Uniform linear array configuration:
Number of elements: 4
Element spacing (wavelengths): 1
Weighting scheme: blackman
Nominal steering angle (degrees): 0
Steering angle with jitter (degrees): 1.741
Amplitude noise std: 0.05
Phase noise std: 0.05

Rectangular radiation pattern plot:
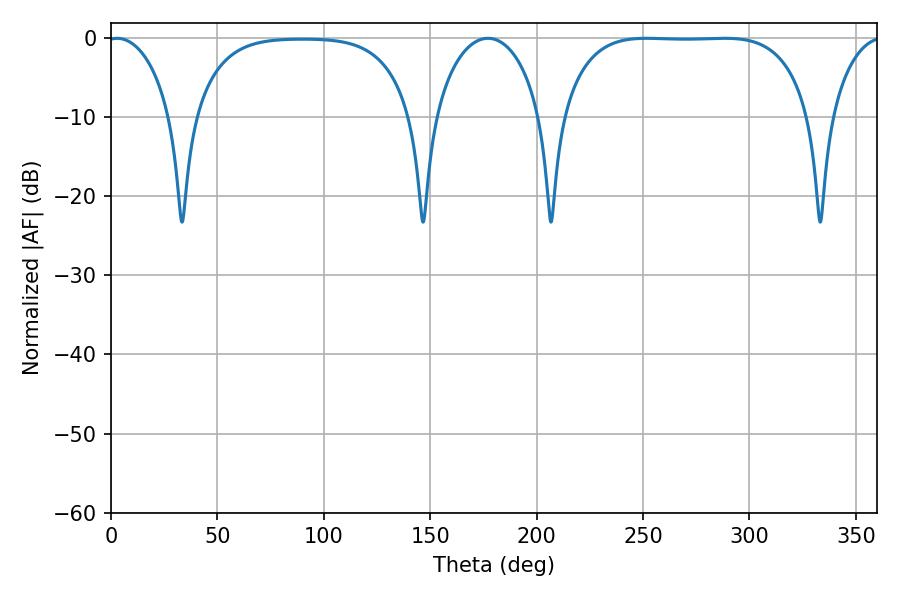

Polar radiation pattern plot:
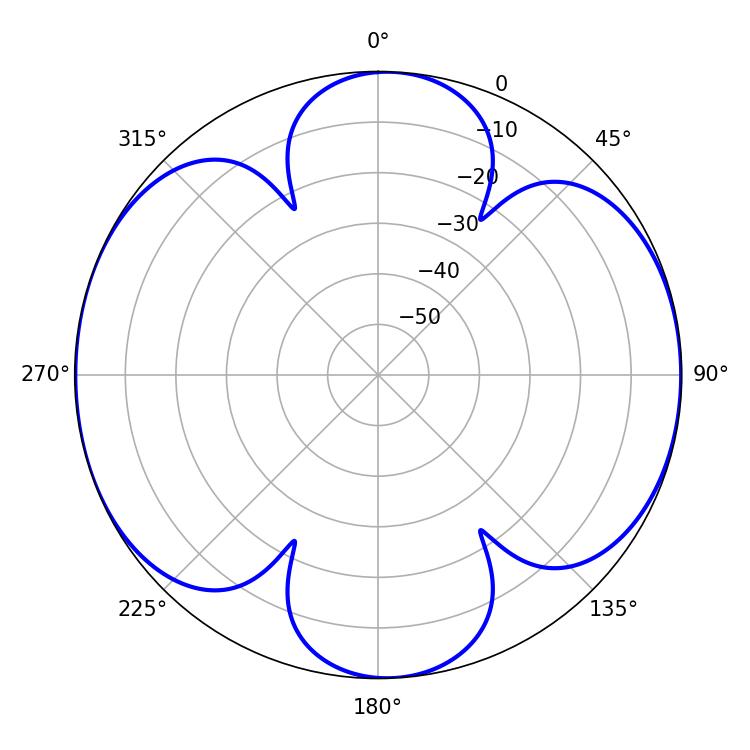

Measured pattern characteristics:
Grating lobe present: TRUE
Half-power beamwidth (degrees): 91.08
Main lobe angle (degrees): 251.82